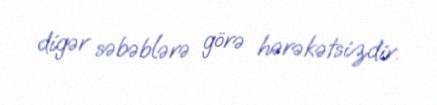
digər səbəblərə görə hərəkətsizdir.